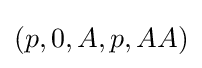
(p,0,A,p,AA)